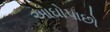
આઘોપાછો